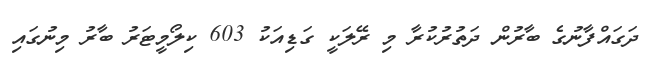
ދަގައްފާނުގެ ބާރުން ދަތުރުކުރާ މި ރޭލަކީ ގަޑިއަކު 603 ކިލޯމީޓަރު ބާރު މިނުގައި